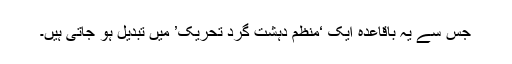
جس سے یہ باقاعدہ ایک ‘منظم دہشت گرد تحریک’ میں تبدیل ہو جاتی ہیں۔